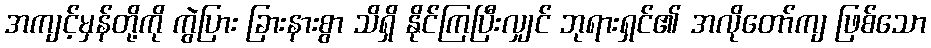
အကျင့်မှန်တို့ကို ကွဲပြား ခြားနားစွာ သိရှိ နိုင်ကြပြီးလျှင် ဘုရားရှင်၏ အလိုတော်ကျ ဖြစ်သော